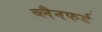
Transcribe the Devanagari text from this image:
ब्लैनफर्ड